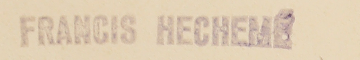
FRANCIS HECHEME